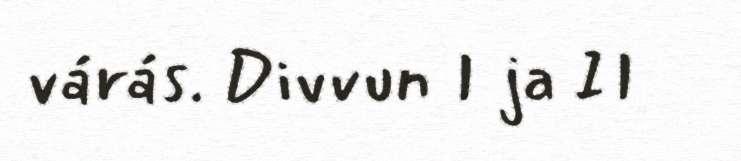
várás. Divvun I ja II